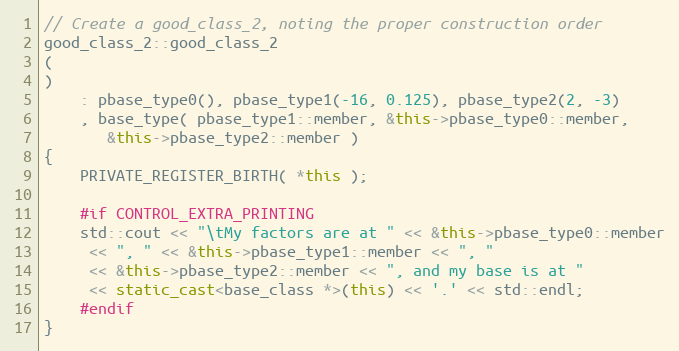
Language: C++
// Create a good_class_2, noting the proper construction order
good_class_2::good_class_2
(
)
    : pbase_type0(), pbase_type1(-16, 0.125), pbase_type2(2, -3)
    , base_type( pbase_type1::member, &this->pbase_type0::member,
       &this->pbase_type2::member )
{
    PRIVATE_REGISTER_BIRTH( *this );

    #if CONTROL_EXTRA_PRINTING
    std::cout << "\tMy factors are at " << &this->pbase_type0::member
     << ", " << &this->pbase_type1::member << ", "
     << &this->pbase_type2::member << ", and my base is at "
     << static_cast<base_class *>(this) << '.' << std::endl;
    #endif
}